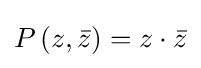
P\left(z,{\bar {z}}\right)=z\cdot {\bar {z}}